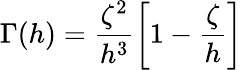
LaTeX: \Gamma(h)=\frac{\zeta^{2}}{h^{3}}\left[1-\frac{\zeta}{h}\right]